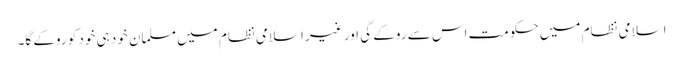
اسلامی نظام میں حکومت اس سے روکے گی اور غیر اسلامی نظام میں مسلمان خود ہی خود کو روکے گا۔